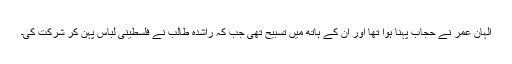
الہان عمر نے حجاب پہنا ہوا تھا اور ان کے ہاتھ میں تسبیح تھی جب کہ راشدہ طالب نے فلسطینی لباس پہن کر شرکت کی۔